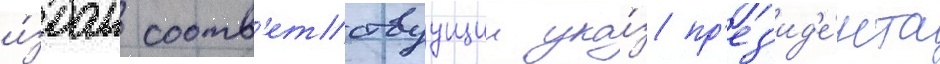
и́здан соотв'етствуущии ука́з пр'ез'ид'е́нта